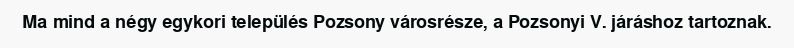
Ma mind a négy egykori település Pozsony városrésze, a Pozsonyi V. járáshoz tartoznak.